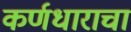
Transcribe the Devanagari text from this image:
कर्णधाराचा